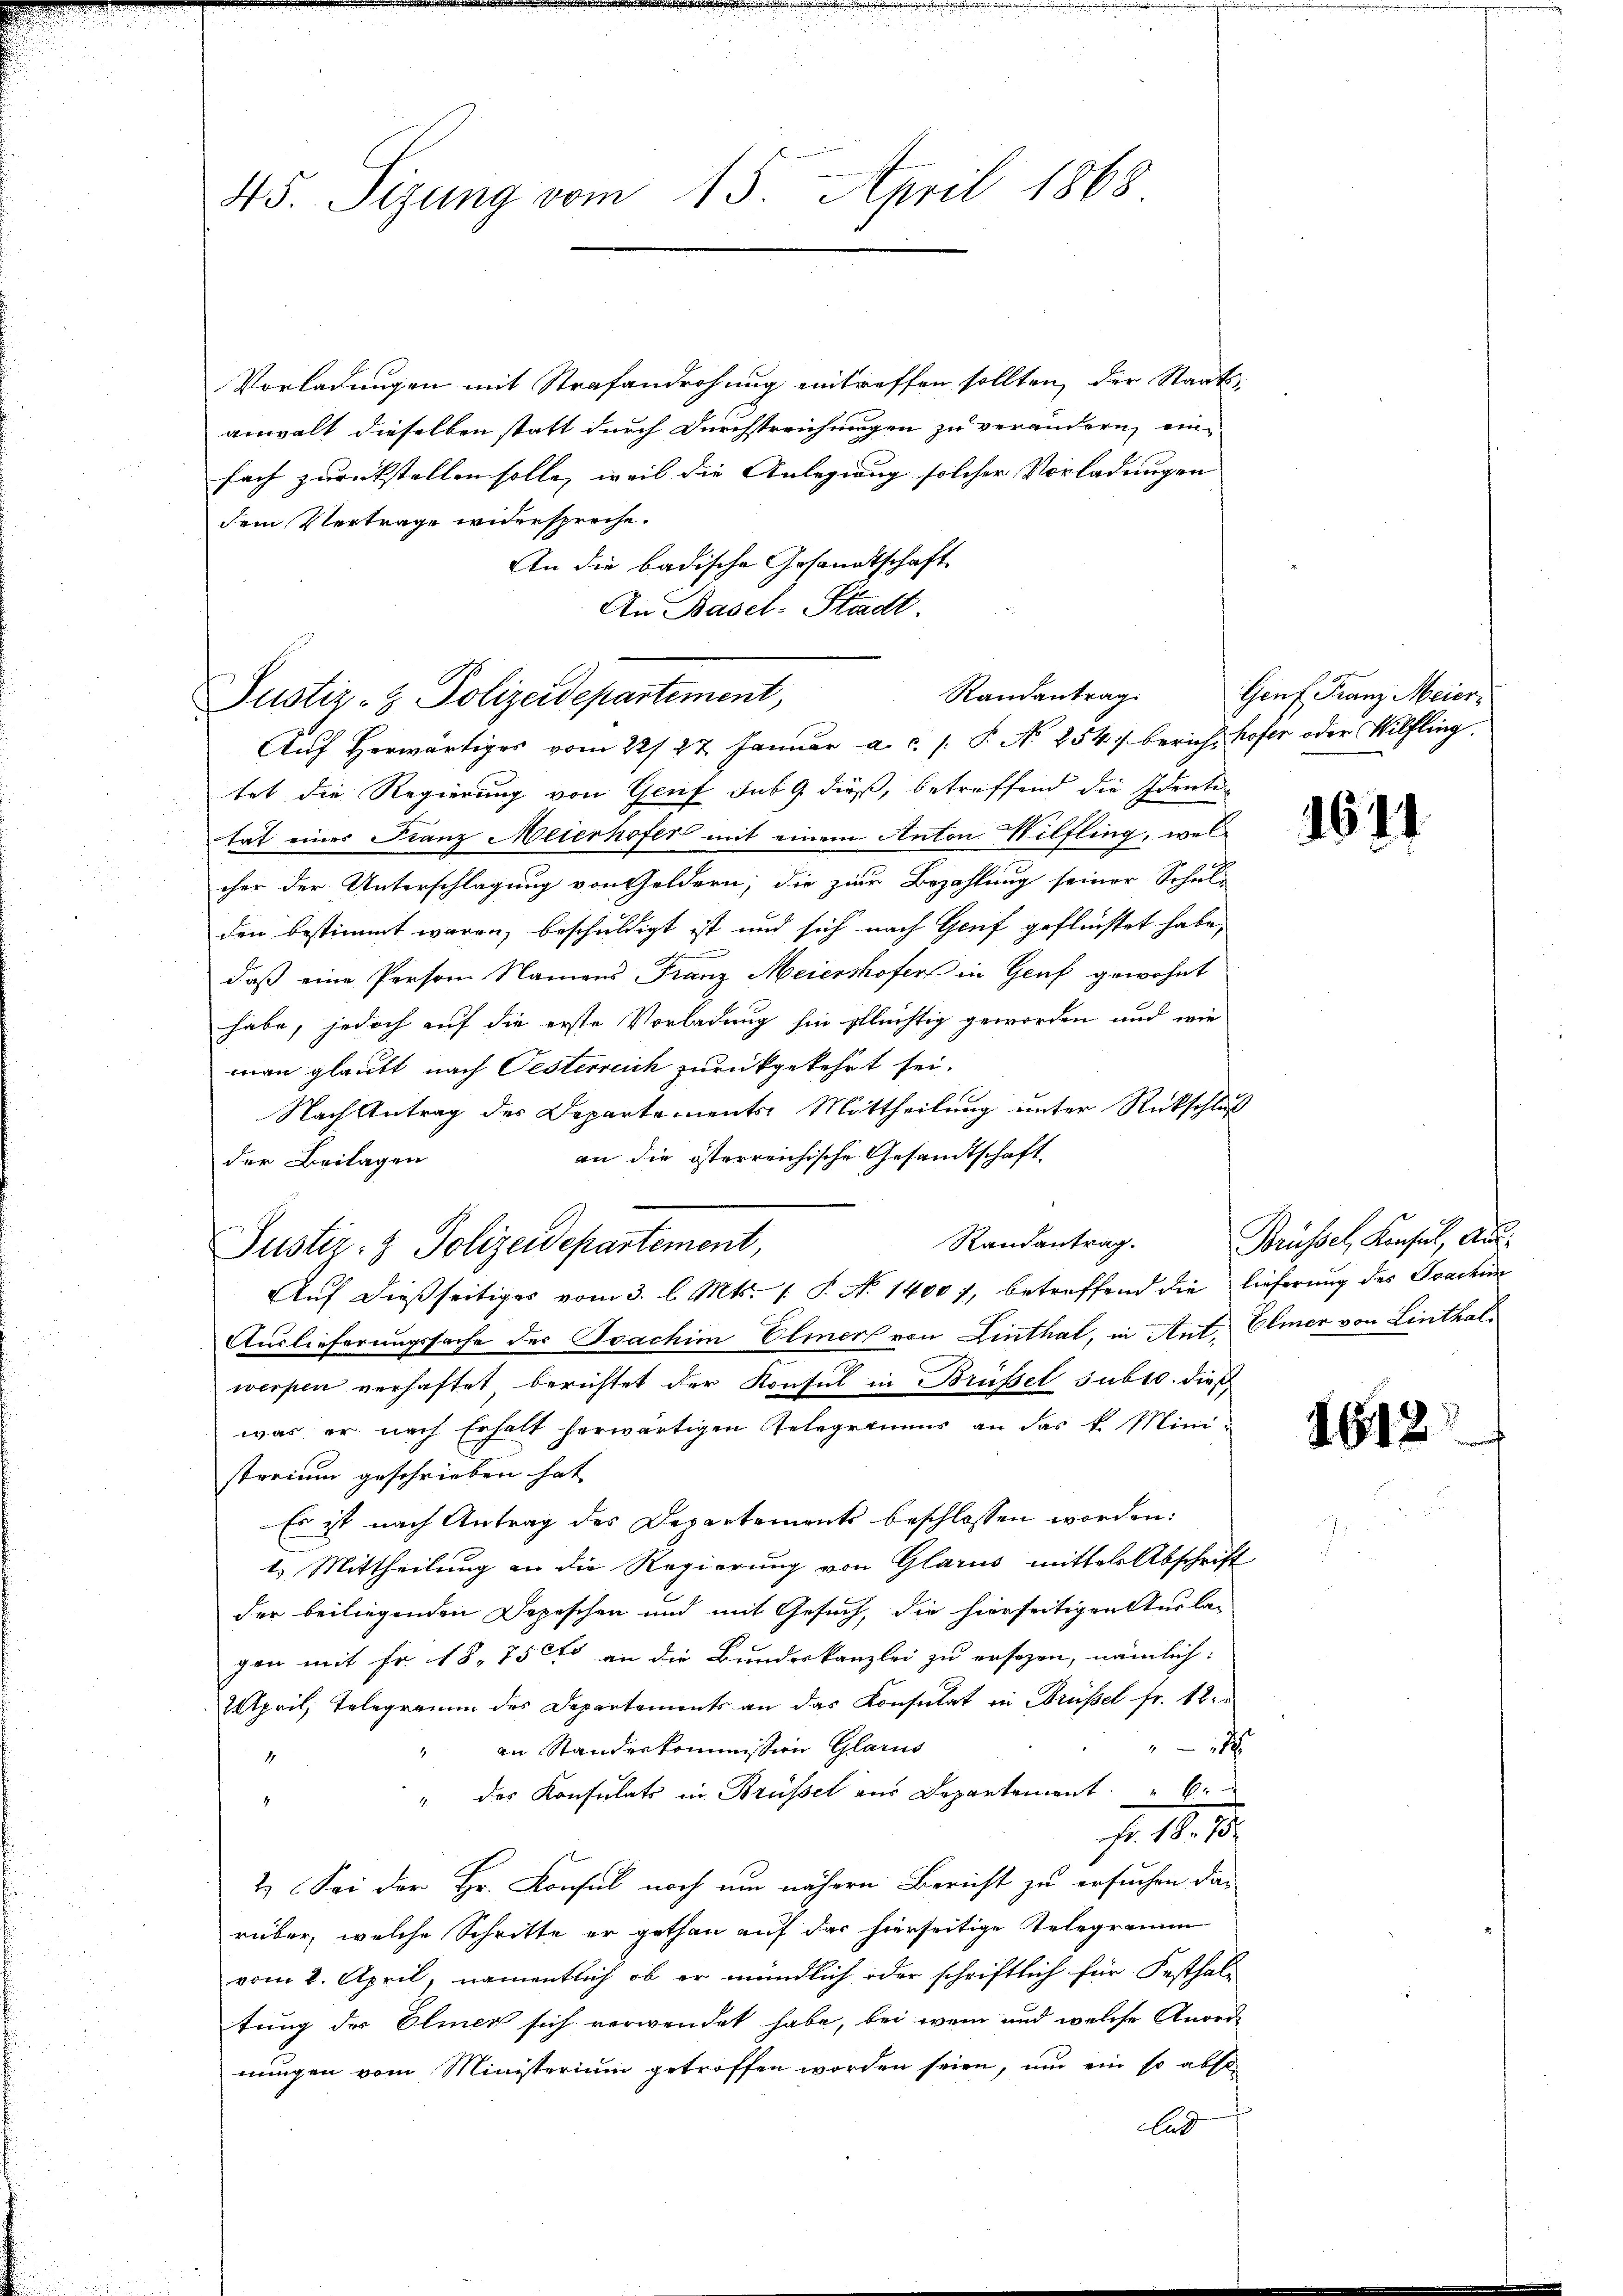
45. Seizung vom 15. April 1868

Vorladungen mit Strafandrohung eintreffen sollten, der Staats-
anwalt dieselben statt durch Durchstreichungen zu verändern, eine
fach zurückstellen solle, weil die Anlegung solcher Vorladungen
dem Vertrage widerspreche.
An die badische Gesandtschaft
An Basel-Stadt.

Randantrag.
Justiz- & Polizeidepartement,
Auf herwärtiges vom 22/27. Januar a.c. s. P. No 254. berich hofer oder Wilfling.

tet die Regierung von Genf sub 9 dieß, betreffend die Idente
tat eines Franz Meierhofer mit einem Anton Hilfling, welcher der Unterschlagung von Geldern, die zur Bezahlung seiner Schule
den bestimmt waren, beschuldigt ist und sich nach Genf geflüchtet habe,
daß eine Person Namens Franz Meiershofers in Genf gewohnt
habe, jedoch auf die erste Vorladung sie pflüchtig geworden und wie
man glaubt nach Oesterreich zurückgekehrt sei.
Nach Antrag des Departements: Mittheilung unter Rückschluß
an die österreichische Gesandtschaft,
der Beilagen
Randantrag.
Justiz- & Polizeidepartement,
Auf dießseitiges vom 3. l. Mts. 1. P. No 1400 7, betreffend die lieferung der Joachin
Auslieferungssache der Toachim Elmer von Linthal, in Ant. Elmer von Linthal
werpen verhaftet berichtet der Konsul in Brüssel subro dies
was er nach Erhalt herwärtigen Telegeriums an das k. Ministorium geschrieben hat. |
Es ist nach Antrag des Departements beschlossen worden:
1.) Mittheilung an die Regierung von Glarus mittels Abschrift
der beiliegenden Depeschen und mit Gesuch, die hierseitigen Ausla-
gen mit Fr. 18. 75cto an die Bundeskanzlei zu ersezen, nämlich:
2 April, Telegramm des Departements an das Konsulat in Brüssel fr. 18
2
" an Standerkommission Glarus
4
" der Konsulats in Brüssel aus Departement. " 6.
4
fr. 18. 15.
2.) Sei der Hr. Konsul noch um nähern Bericht zu ersuchen das
rüber, welche Schritte er gethan auf das hierseitige Telegramm
vom 2. April, namentlich, ob er mündlich oder schriftlich für Festhal-
tung der Elmer sich verwendet habe, bei wenn und welche Anordnungen vom Ministerium getroffen worden seien, und ein so absolad

Genf Franz Meier-

1641

Brüssel, Konsul, Aus¬

1612